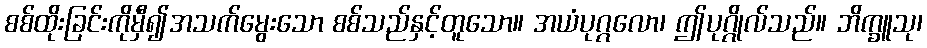
စစ်ထိုးခြင်းကိုမှီ၍အသက်မွေးသော စစ်သည်နှင့်တူသော။ အယံပုဂ္ဂလော၊ ဤပုဂ္ဂိုလ်သည်။ ဘိက္ခူသု၊